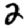
Digit: 2